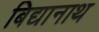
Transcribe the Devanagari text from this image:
बिद्यानाथ